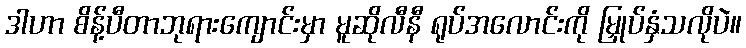
ဒါဟာ စိန့်ပီတာဘုရားကျောင်းမှာ မူဆိုလီနီ ရုပ်အလောင်းကို မြှုပ်နှံသလိုပဲ။